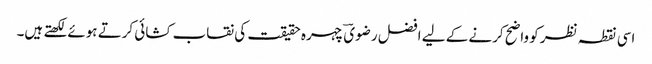
اسی نقطہ نظر کو واضح کرنے کے لیے افضل رضویؔ چہرہ حقیقت کی نقاب کشائی کرتے ہوئے لکھتے ہیں۔